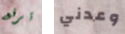
ترفع وعدني